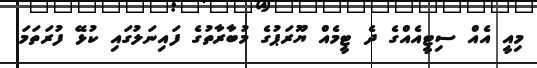
މިއީ އެއް ސިޓީއެއްގެ ދެ ޓީމެއް ޔޫރަޕުގެ މުބާރާތުގެ ފައިނަލުގައި ކުޅޭ ފުރަތަމަ